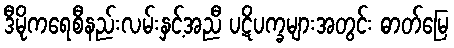
ဒီမိုကရေစီနည်းလမ်းနှင့်အညီ ပဋိပက္ခများအတွင်း ဓာတ်မြေ